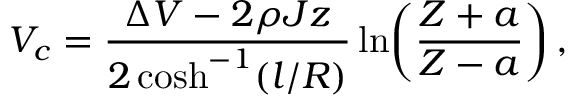
V _ { c } = \frac { \Delta V - 2 \rho J z } { 2 \cosh ^ { - 1 } ( l / R ) } \ln \! \left( \frac { Z + a } { Z - a } \right) ,